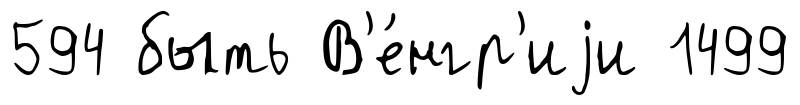
594 быть В'е́нгр'иjи 1499